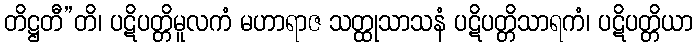
တိဋ္ဌတီ”တိ၊ ပဋိပတ္တိမူလကံ မဟာရာဇ သတ္ထုသာသနံ ပဋိပတ္တိသာရကံ၊ ပဋိပတ္တိယာ